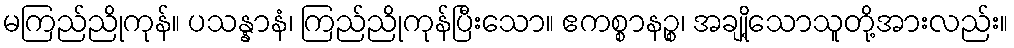
မကြည်ညိုကုန်။ ပသန္နာနံ၊ ကြည်ညိုကုန်ပြီးသော။ ဧကစ္စာနဉ္စ၊ အချို့သောသူတို့အားလည်း။